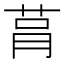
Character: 𦮻